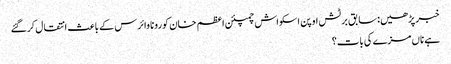
خبر پڑھیں:سابق برٹش اوپن اسکواش چمپئن اعظم خان کورونا وائرس کے باعث انتقال کرگئے
ہے ناں مزے کی بات؟